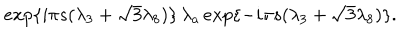
LaTeX: e x p \{ { i { \pi } s ( { \lambda } _ { 3 } + { \sqrt { 3 } } { \lambda } _ { 8 } ) } \} \, { \lambda } _ { a } \, e x p \{ { - i { \pi } s ( { \lambda } _ { 3 } + { \sqrt { 3 } } { \lambda } _ { 8 } ) } \} .